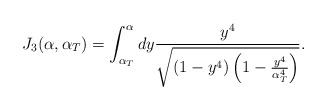
\begin{align*}J_3(\alpha, \alpha_T) = \int_{\alpha_T}^{\alpha} dy\frac{y^4}{\sqrt{(1 - y^4) \left(1 - \frac{y^4}{\alpha_T^4}\right)}}.\end{align*}